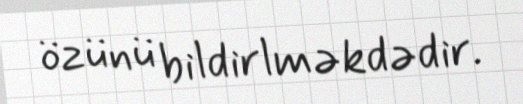
özünü bildirlməkdədir.